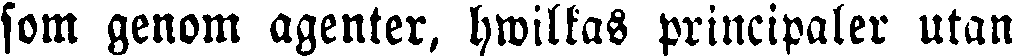
som genom agenter, hwilkas principaler utan